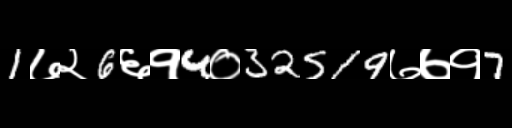
Text: 1७२6६१4०32519७७१7